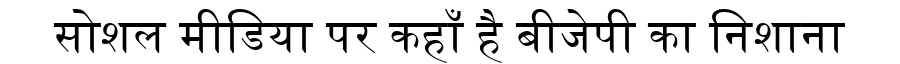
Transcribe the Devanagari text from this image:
सोशल मीडिया पर कहाँ है बीजेपी का निशाना